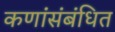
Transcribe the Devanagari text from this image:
कणांंसंबंधित